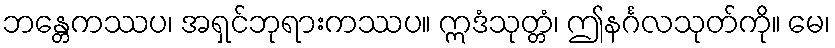
ဘန္တေကဿပ၊ အရှင်ဘုရားကဿပ။ ဣဒံသုတ္တံ၊ ဤနင်္ဂလသုတ်ကို။ မေ၊